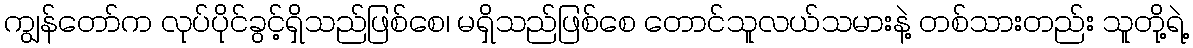
ကျွန်တော်က လုပ်ပိုင်ခွင့်ရှိသည်ဖြစ်စေ၊ မရှိသည်ဖြစ်စေ တောင်သူလယ်သမားနဲ့ တစ်သားတည်း သူတို့ရဲ့